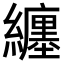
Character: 纏